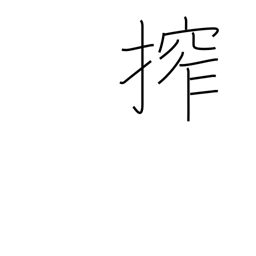
Meaning: squeeze